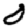
Digit: 0